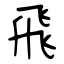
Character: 飛